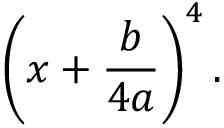
\left( x + { \frac { b } { 4 a } } \right) ^ { 4 } .